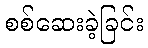
စစ်ဆေးခဲ့ခြင်း